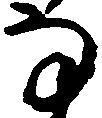
な